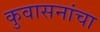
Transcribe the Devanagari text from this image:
कुवासनांचा